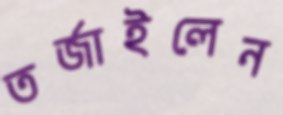
তর্জাইলেন